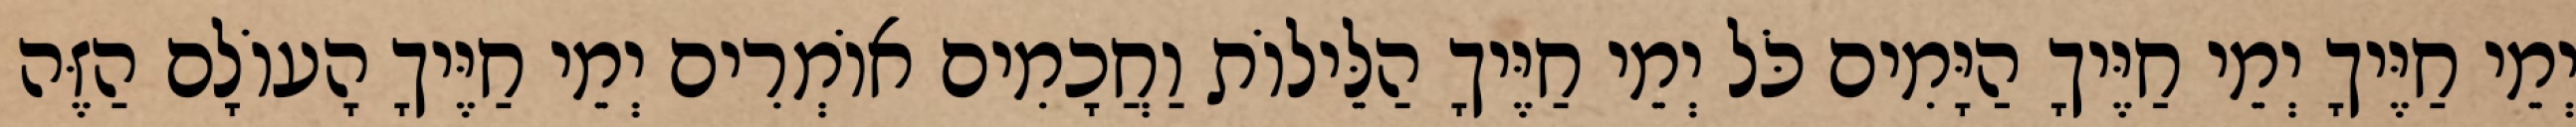
יְמֵי חַיֶּיךָ יְמֵי חַיֶּיךָ הַיָּמִים כֹּל יְמֵי חַיֶּיךָ הַלֵּילוֹת וַחֲכָמִים אוֹמְרִים יְמֵי חַיֶּיךָ הָעוֹלָם הַזֶּה